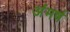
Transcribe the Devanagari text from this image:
अंमर्ष